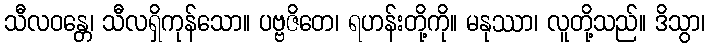
သီလဝန္တေ၊ သီလရှိကုန်သော။ ပဗ္ဗဇိတေ၊ ရဟန်းတို့ကို။ မနုဿာ၊ လူတို့သည်။ ဒိသွာ၊